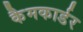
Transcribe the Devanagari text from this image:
कैमकार्डर